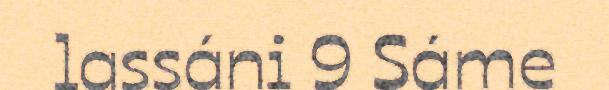
lassáni 9 Sáme